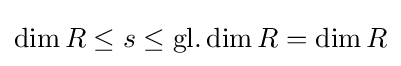
\dim R\leq s\leq \operatorname {gl.dim} R=\dim R